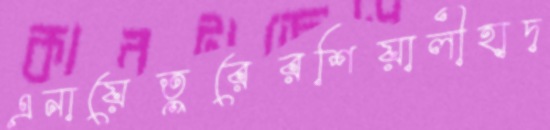
এনায়েতুরেরশিয়ালীহাদ